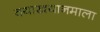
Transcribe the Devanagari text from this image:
वयाखयानमाला